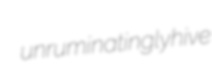
unruminatingly hive